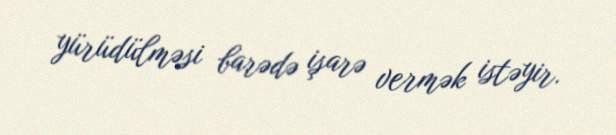
yürüdülməsi barədə işarə vermək istəyir.